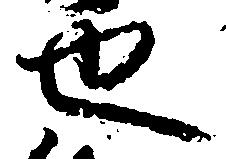
也